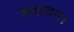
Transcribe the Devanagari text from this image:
कदाचन।